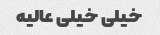
خیلی خیلی عالیه